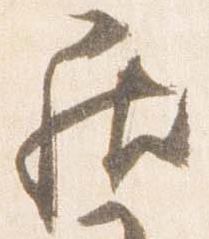
居